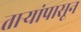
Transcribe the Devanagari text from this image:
तार्‍यांपासून